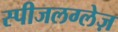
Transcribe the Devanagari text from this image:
स्पीजलग्लेज़